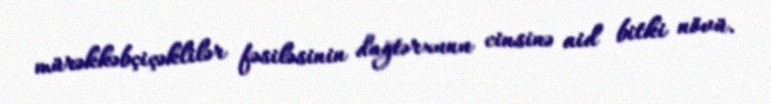
mürəkkəbçiçəklilər fəsiləsinin dağtərxunu cinsinə aid bitki növü.